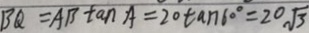
B Q = A B \tan A = 2 0 \tan 6 0 ^ { \circ } = 2 0 \sqrt { 3 }